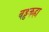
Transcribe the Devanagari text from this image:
बड्ढकहा